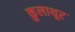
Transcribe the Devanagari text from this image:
कुलाथूर